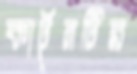
কার্টুনটির